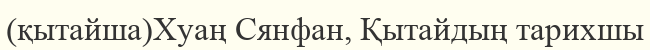
(қытайша)Хуаң Сянфан, Қытайдың тарихшы